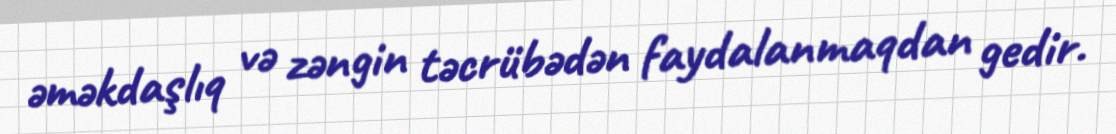
əməkdaşlıq və zəngin təcrübədən faydalanmaqdan gedir.